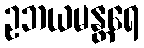
ဥဘယမန္တရေ